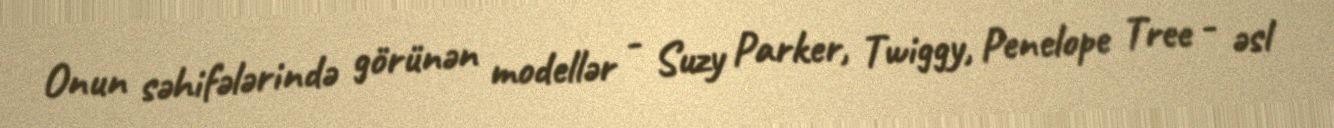
Onun səhifələrində görünən modellər - Suzy Parker, Twiggy, Penelope Tree - əsl